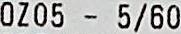
0Z05 - 5/60